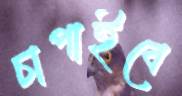
চাপাইবে